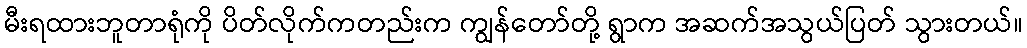
မီးရထားဘူတာရုံကို ပိတ်လိုက်ကတည်းက ကျွန်တော်တို့ ရွာက အဆက်အသွယ်ပြတ် သွားတယ်။